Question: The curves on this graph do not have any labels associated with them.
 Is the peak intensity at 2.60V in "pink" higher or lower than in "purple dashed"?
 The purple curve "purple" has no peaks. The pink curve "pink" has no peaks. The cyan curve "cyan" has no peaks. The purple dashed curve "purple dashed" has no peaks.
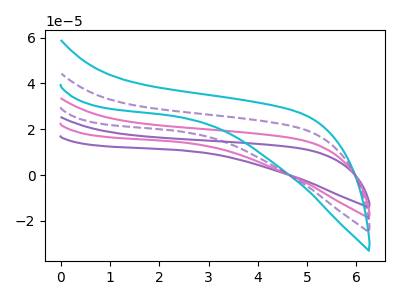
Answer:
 <answer>"pink" and "purple dashed" dont share a peak at 2.60V.</answer>
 <eval>mismatch</eval>